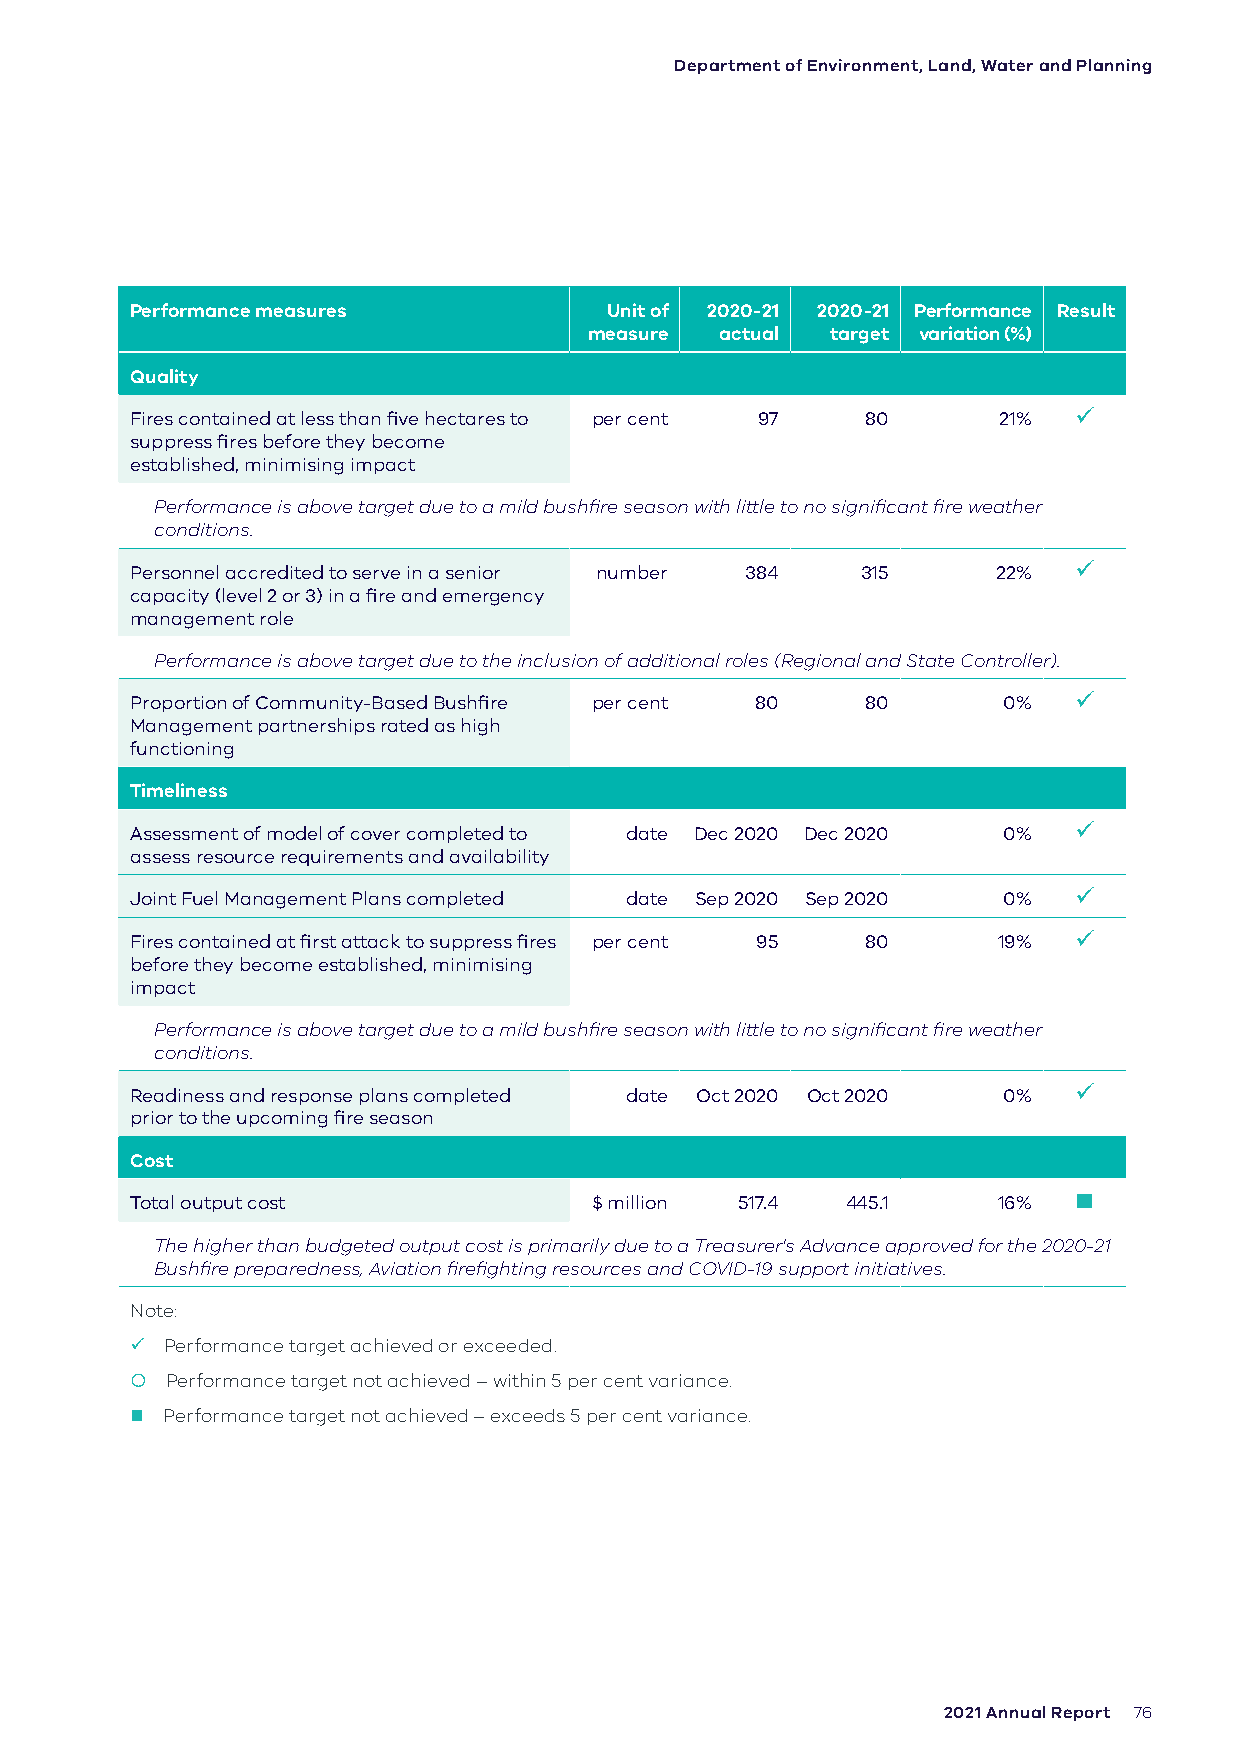
Department of Environment, Land, Water and Planning
 Performance measures           Unit of 2020-21 2020-21 Performance Result
 measure  actual target variation (%)
 Quality
 Fires contained at less than five hectares to per cent 97 80 21% 
 suppress fires before they become
 established, minimising impact
 Performance is above target due to a mild bushfire season with little to no significant fire weather
 conditions.
 Personnel accredited to serve in a senior number 384 315 22%  
 capacity (level 2 or 3) in a fire and emergency
 management role
 Performance is above target due to the inclusion of additional roles (Regional and State Controller).
 Proportion of Community-Based Bushfire per cent 80 80    0%   
 Management partnerships rated as high
 functioning
 Timeliness
 Assessment of model of cover completed to date Dec 2020 Dec 2020 0% 
 assess resource requirements and availability
 Joint Fuel Management Plans completed date Sep 2020 Sep 2020 0% 
 Fires contained at first attack to suppress fires per cent 95 80 19% 
 before they become established, minimising
 impact
 Performance is above target due to a mild bushfire season with little to no significant fire weather
 conditions.
 Readiness and response plans completed date Oct 2020 Oct 2020 0% 
 prior to the upcoming fire season
 Cost
 Total output cost             $ million 517.4  445.1     16%  
 The higher than budgeted output cost is primarily due to a Treasurer's Advance approved for the 2020-21
 Bushfire preparedness, Aviation firefighting resources and COVID-19 support initiatives.
 Note:
  Performance target achieved or exceeded.
  Performance target not achieved – within 5 per cent variance.
  Performance target not achieved – exceeds 5 per cent variance.
 2021 Annual Report 76